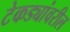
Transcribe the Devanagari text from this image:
टेकड्यांवरील